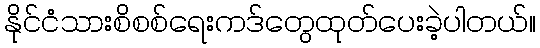
နိုင်ငံသားစိစစ်ရေးကဒ်တွေထုတ်ပေးခဲ့ပါတယ်။